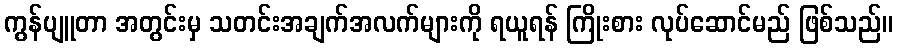
ကွန်ပျူတာ အတွင်းမှ သတင်းအချက်အလက်များကို ရယူရန် ကြိုးစား လုပ်ဆောင်မည် ဖြစ်သည်။